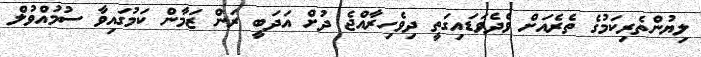
ލިޔުންތެރިކަމުގެ ތެރެއަށް ވެދެވަޑައިގަތީ ދިވެހިރާއްޖެ ދުށް އަދަބީ ރަން ޒަމާން ކަމުގައިވާ ސުމުއްވުލް